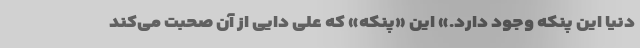
دنیا این پنکه وجود دارد.» این «پنکه» که علی دایی از آن صحبت می‌کند